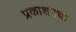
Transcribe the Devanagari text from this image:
प्रकाशनचा